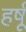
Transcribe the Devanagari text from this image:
हर्षू